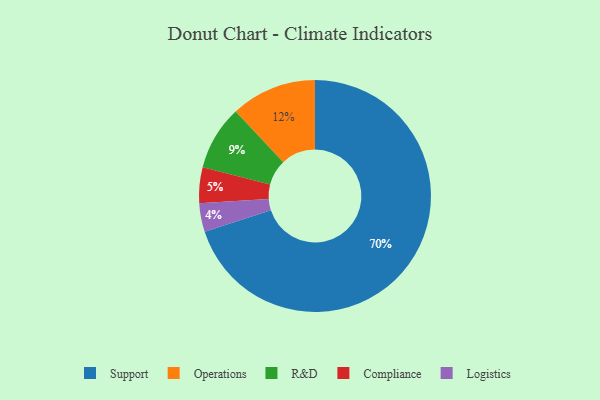
{"axis": {"x": "Category", "y": "Percentage"}, "legend": ["Compliance", "Logistics", "Operations", "R&D", "Support"], "data": [{"x": "Compliance", "y": 5, "type": "Compliance"}, {"x": "Operations", "y": 12, "type": "Operations"}, {"x": "R&D", "y": 9, "type": "R&D"}, {"x": "Support", "y": 70, "type": "Support"}, {"x": "Logistics", "y": 4, "type": "Logistics"}]}